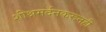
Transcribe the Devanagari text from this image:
शीश्नमर्दनकरूनही